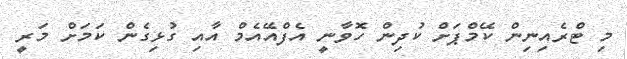
މި ޓްރެއިނިން ކޭމްޕަށް ކުދިން ހޮވާނީ އެފްއޭއެމް އާއި ގުޅިގެން ކަމަށް މަރީ